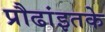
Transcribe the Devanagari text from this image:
प्रौढांइतके